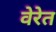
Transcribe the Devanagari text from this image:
वेरेत